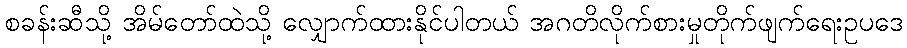
စခန်းဆီသို့ အိမ်တော်ထဲသို့ လျှောက်ထားနိုင်ပါတယ် အဂတိလိုက်စားမှုတိုက်ဖျက်ရေးဥပဒေ